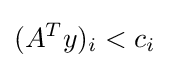
(A^{T}y)_{i}<c_{i}